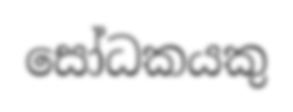
සෝධකයකු